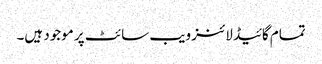
تمام گائیڈ لائنز ویب سائٹ پر موجود ہیں۔